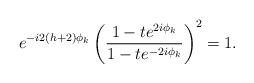
LaTeX: \begin{align*}e^{-i 2(h+2) \phi_k} \left( \frac{1-t e^{2 i \phi_k}}{1-te^{-2i\phi_k}} \right)^2 = 1.\end{align*}